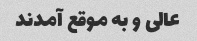
عالی و به موقع آمدند